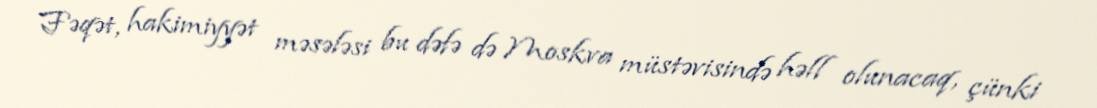
Fəqət, hakimiyyət məsələsi bu dəfə də Moskva müstəvisində həll olunacaq, çünki